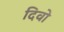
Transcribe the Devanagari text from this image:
दिवो